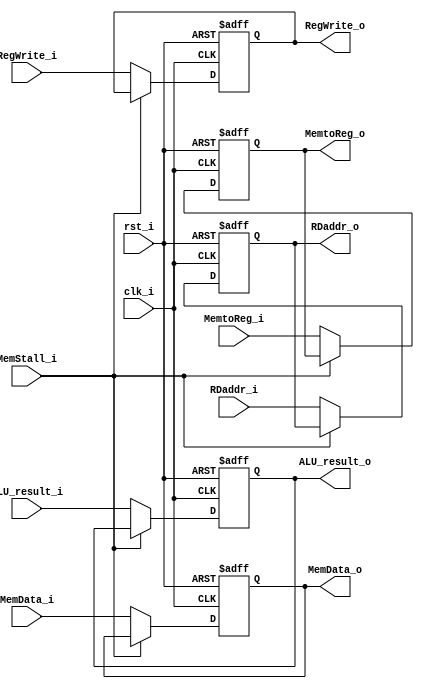
module MEM_WB (
    clk_i,
    rst_i,
    RegWrite_i,
    MemtoReg_i,
    ALU_result_i,
    MemData_i,
    RDaddr_i,
    MemStall_i,

    RegWrite_o,
    MemtoReg_o,
    ALU_result_o,
    MemData_o,
    RDaddr_o
);

input                       clk_i, rst_i;
input                       RegWrite_i;
input                       MemtoReg_i;
input signed        [31:0]  ALU_result_i;
input signed        [31:0]  MemData_i;
input               [4:0]   RDaddr_i;
input                       MemStall_i;

output reg                  RegWrite_o;
output reg                  MemtoReg_o;
output reg signed   [31:0]  ALU_result_o;
output reg signed   [31:0]  MemData_o;
output reg          [4:0]   RDaddr_o;

always @(posedge clk_i or posedge rst_i) begin
    if (rst_i == 1) begin
        RegWrite_o <= 0;
        MemtoReg_o <= 0;
        ALU_result_o <= 0;
        MemData_o <= 0;
        RDaddr_o <= 0;
    end
    else if (~MemStall_i) begin
        RegWrite_o <= RegWrite_i;
        MemtoReg_o <= MemtoReg_i;
        ALU_result_o <= ALU_result_i;
        MemData_o <= MemData_i;
        RDaddr_o <= RDaddr_i;
    end
end

endmodule